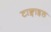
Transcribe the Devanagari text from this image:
टाङ्गाइल